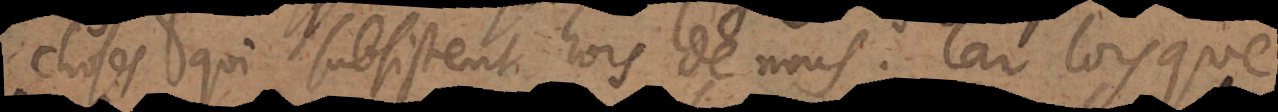
choses qui subsistent hors de nous. Car lorsque